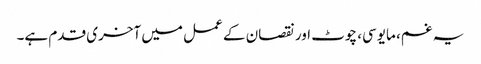
یہ غم، مایوسی، چوٹ اور نقصان کے عمل میں آخری قدم ہے۔